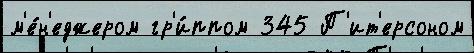
м'е́н'еджером гр'и́ппом 345 П'ит'ерсоном